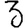
Digit: 3